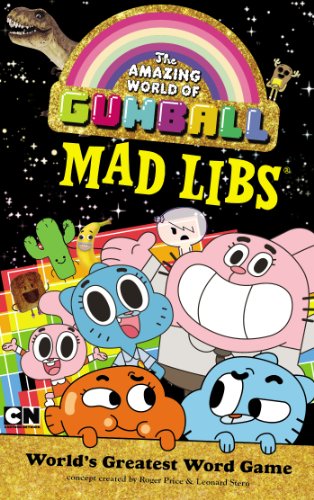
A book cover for The Amazing World of Gumball Mad Libs; Price Stern Sloan; Children's Books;